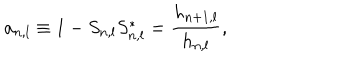
LaTeX: a _ { n , l } \equiv 1 - S _ { n , l } S _ { n , l } ^ { * } = \frac { h _ { n + 1 , l } } { h _ { n , l } } ,